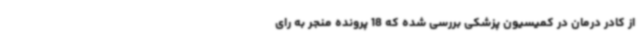
از کادر درمان در کمیسیون پزشکی بررسی شده که 18 پرونده منجر به رای